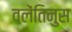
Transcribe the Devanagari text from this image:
वलेंतिनुस